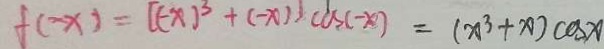
f ( - x ) = [ ( - x ) ^ { 3 } + ( - x ) ] \cos ( - x ) = ( x ^ { 3 } + x ) \cos x